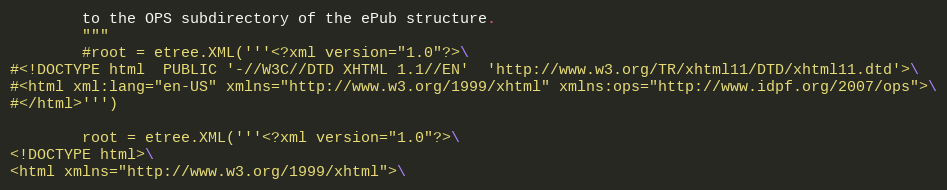
Language: Python
        to the OPS subdirectory of the ePub structure.
        """
        #root = etree.XML('''<?xml version="1.0"?>\
#<!DOCTYPE html  PUBLIC '-//W3C//DTD XHTML 1.1//EN'  'http://www.w3.org/TR/xhtml11/DTD/xhtml11.dtd'>\
#<html xml:lang="en-US" xmlns="http://www.w3.org/1999/xhtml" xmlns:ops="http://www.idpf.org/2007/ops">\
#</html>''')

        root = etree.XML('''<?xml version="1.0"?>\
<!DOCTYPE html>\
<html xmlns="http://www.w3.org/1999/xhtml">\